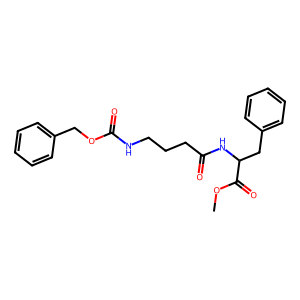
SMILES: COC(=O)C(Cc1ccccc1)NC(=O)CCCNC(=O)OCc1ccccc1
Inhibits HIV replication: No